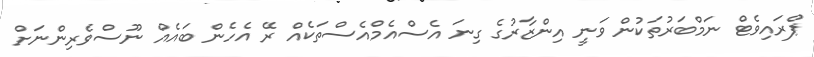
ޕްރައިވެޓް ނަމްބަރުތަކުން ވަނީ އިންޒާރުގެ ގިނަ އެސްއެމްއެސްތަކެއް ރޭ އެހެން ބައެއްް ނޫސްވެރިންނަށް